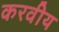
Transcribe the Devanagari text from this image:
करवीय